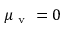
\mu _ { \mathrm { ~ v ~ } } = 0